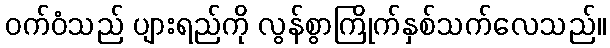
ဝက်ဝံသည် ပျားရည်ကို လွန်စွာကြိုက်နှစ်သက်လေသည်။